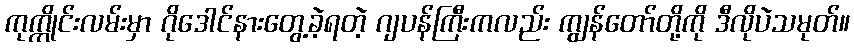
ကုက္ကိုင်းလမ်းမှာ ဂိုဒေါင်နားတွေ့ခဲ့ရတဲ့ ဂျပန်ကြီးကလည်း ကျွန်တော်တို့ကို ဒီလိုပဲသမုတ်။